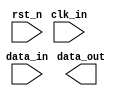
module HDMI_out #(
    parameter    INPUT_WIDTH  = 12,
    parameter    OUTPUT_WIDTH = 12
) (
    input                           clk_in,
    input                           rst_n,
    input  [INPUT_WIDTH - 1 : 0]    data_in,
    output [OUTPUT_WIDTH - 1 : 0]   data_out
);

endmodule  //HDMI_out